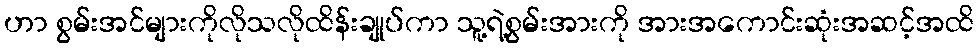
ဟာ စွမ်းအင်များကိုလိုသလိုထိန်းချုပ်ကာ သူ့ရဲ့စွမ်းအားကို အားအကောင်းဆုံးအဆင့်အထိ